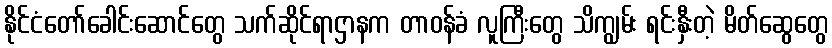
နိုင်ငံတော်ခေါင်းဆောင်တွေ သက်ဆိုင်ရာဌာနက တာဝန်ခံ လူကြီးတွေ သိကျွမ်း ရင်းနှီးတဲ့ မိတ်ဆွေတွေ